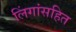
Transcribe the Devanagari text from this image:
लिंगांसहित